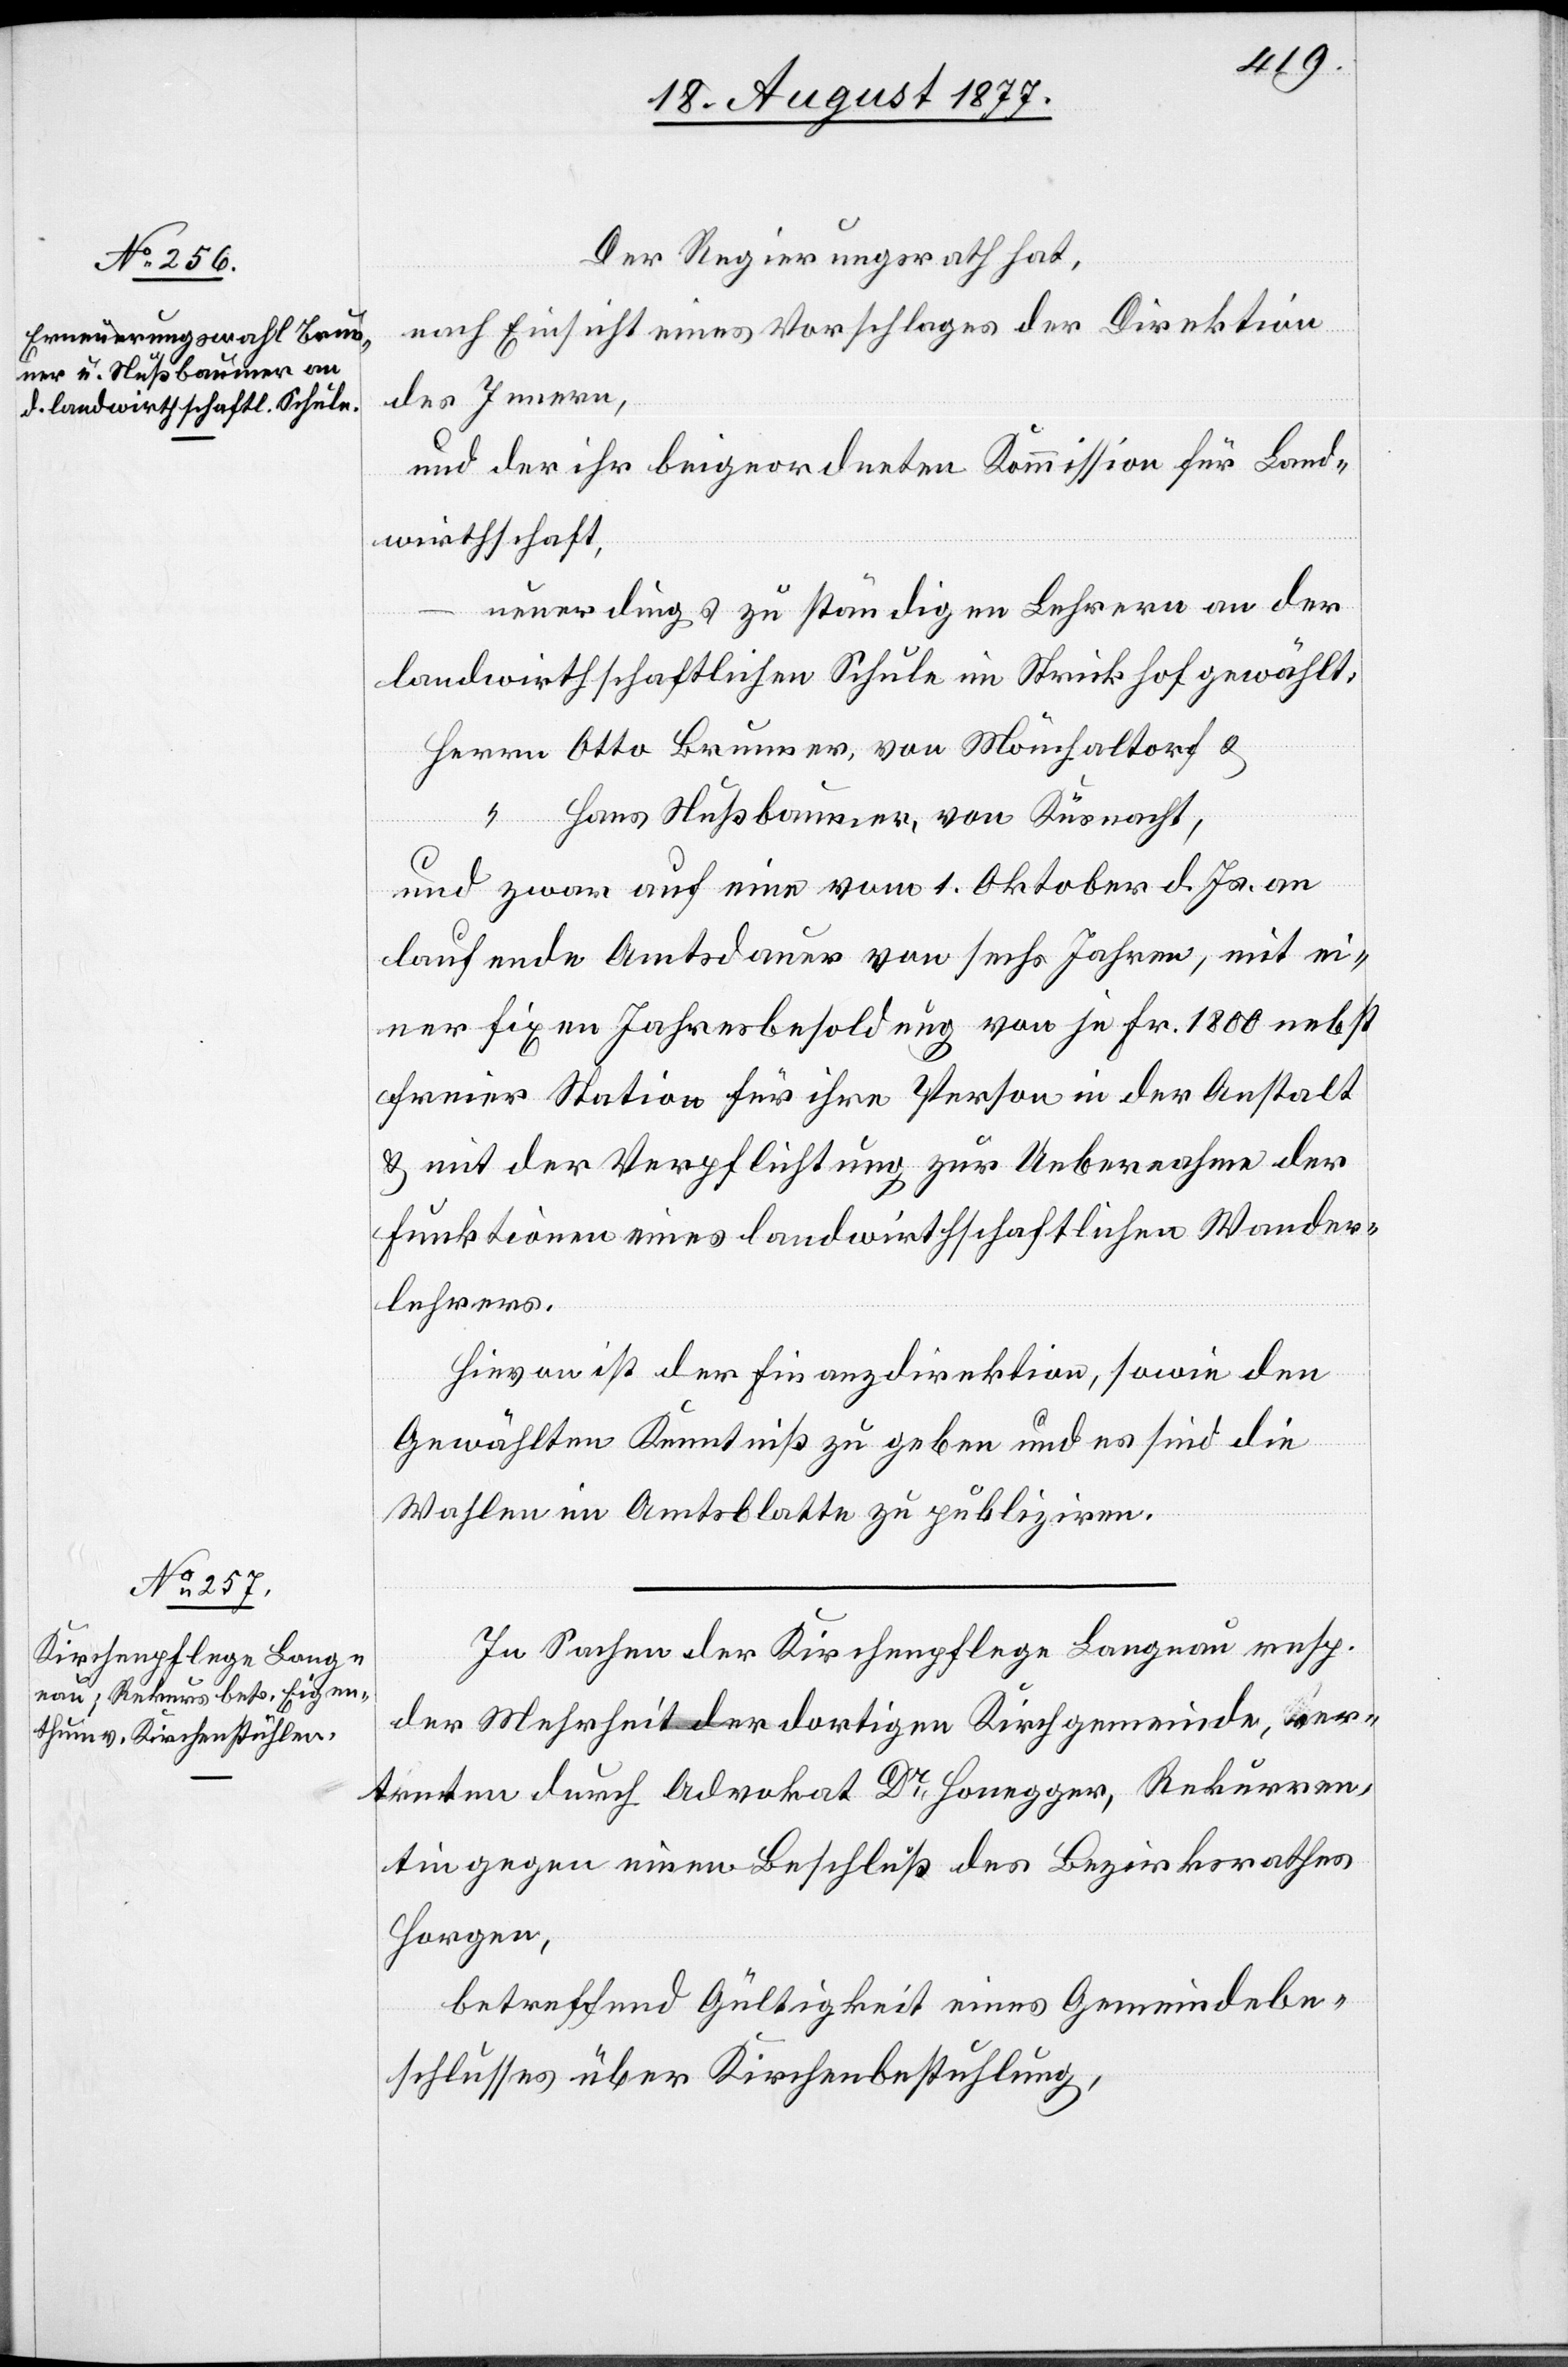
Der Regierungsrath hat,
nach Einsicht eines Vorschlages der Direktion
des Innern,
und der ihr beigeordneten Kommission für Land¬
wirthschaft,
neuerdings zu ständigen Lehrern an der
landwirthschaftlichen Schule im Strickhof gewählt:
Herrn Otto Brunner, von Mönchaltorf &
“ Hans Nußbaumer, von Küsnacht,
und zwar auf eine vom 1. Oktober d. Js. an
laufende Amtsdauer von sechs Jahren, mit ei¬
ner fixen Jahresbesoldung von je Fr. 1800 nebst
freier Station für ihre Person in der Anstalt
& mit der Verpflichtung zur Uebernahme der
Funktionen eines landwirthschaftlichen Wander¬
lehrers.
Hievon ist der Finanzdirektion, sowie den
Gewählten Kenntniß zu geben und es sind die
Wahlen im Amtsblatte zu publiziren.
In Sachen der Kirchenpflege Langnau resp.
der Mehrheit der dortigen Kirchgemeinde, ver¬
treten durch Advokat Dr Honegger, Rekurren¬
tin gegen einen Beschluß des Bezirksrathes
Horgen,
betreffend Gültigkeit eines Gemeindebe¬
schlusses über Kirchenbestuhlung,